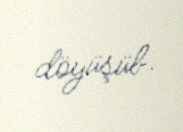
döyüşüb.